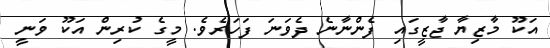
އަކޫ މާޒިޔާ ޖާޒީގައި ފެންނާނެ ދެވަނަ ފަހަރެވެ. މީގެ ކުރިން އަކޫ ވަނީ